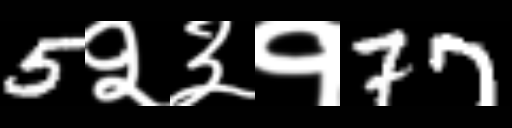
Text: 5२३१77